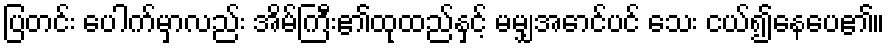
ပြတင်း ပေါက်မှာလည်း အိမ်ကြီး၏ထုထည်နှင့် မမျှအောင်ပင် သေး ငယ်၍နေပေ၏။